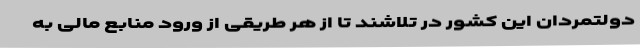
دولتمردان این کشور در تلاشند تا از هر طریقی از ورود منابع مالی به